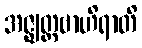
အဇ္ဈတ္တဗာဟိရာတိ